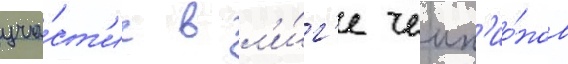
уча́ст'ие в л'и́г'е чемп'ио́нов